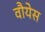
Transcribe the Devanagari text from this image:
वौयेस